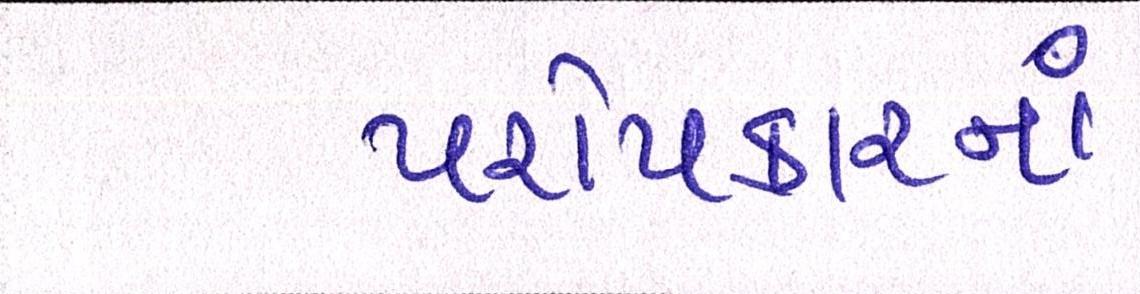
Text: પરોપકારનાં